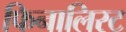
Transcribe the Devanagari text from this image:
फिनालिस्ट